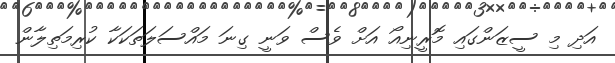
އަދި މި ސީޒަންގައި މޮރީނިއޯ އަށް ވެސް ވަނީ ގިނަ މައްސަލަތަކަކާ ކުރިމަތިލާން